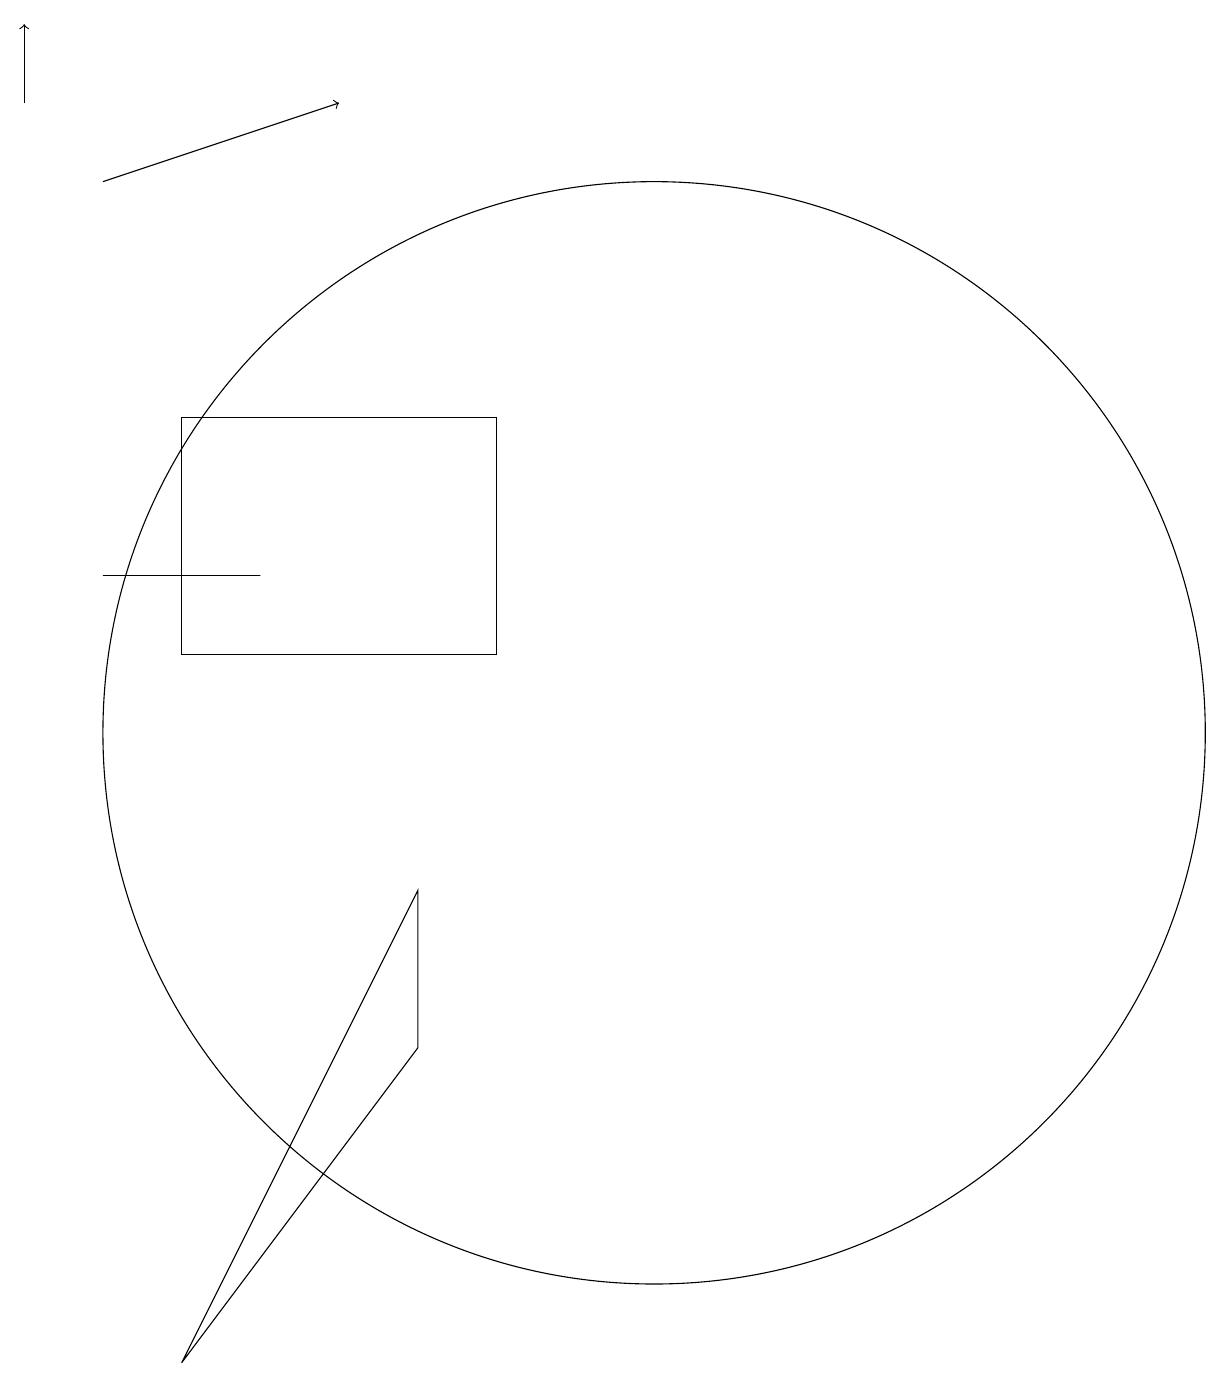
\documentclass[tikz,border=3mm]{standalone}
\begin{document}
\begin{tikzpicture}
\draw (11,10) circle (7);
\draw[->] (4,17) -- (7,18);
\draw (4,12) rectangle (6,12);
\draw (5,2) -- (8,6) -- (8,8) -- cycle;
\draw[->] (3,18) -- (3,19);
\draw (9,11) rectangle (5,14);
\draw (10,12) circle (0);
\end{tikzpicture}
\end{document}